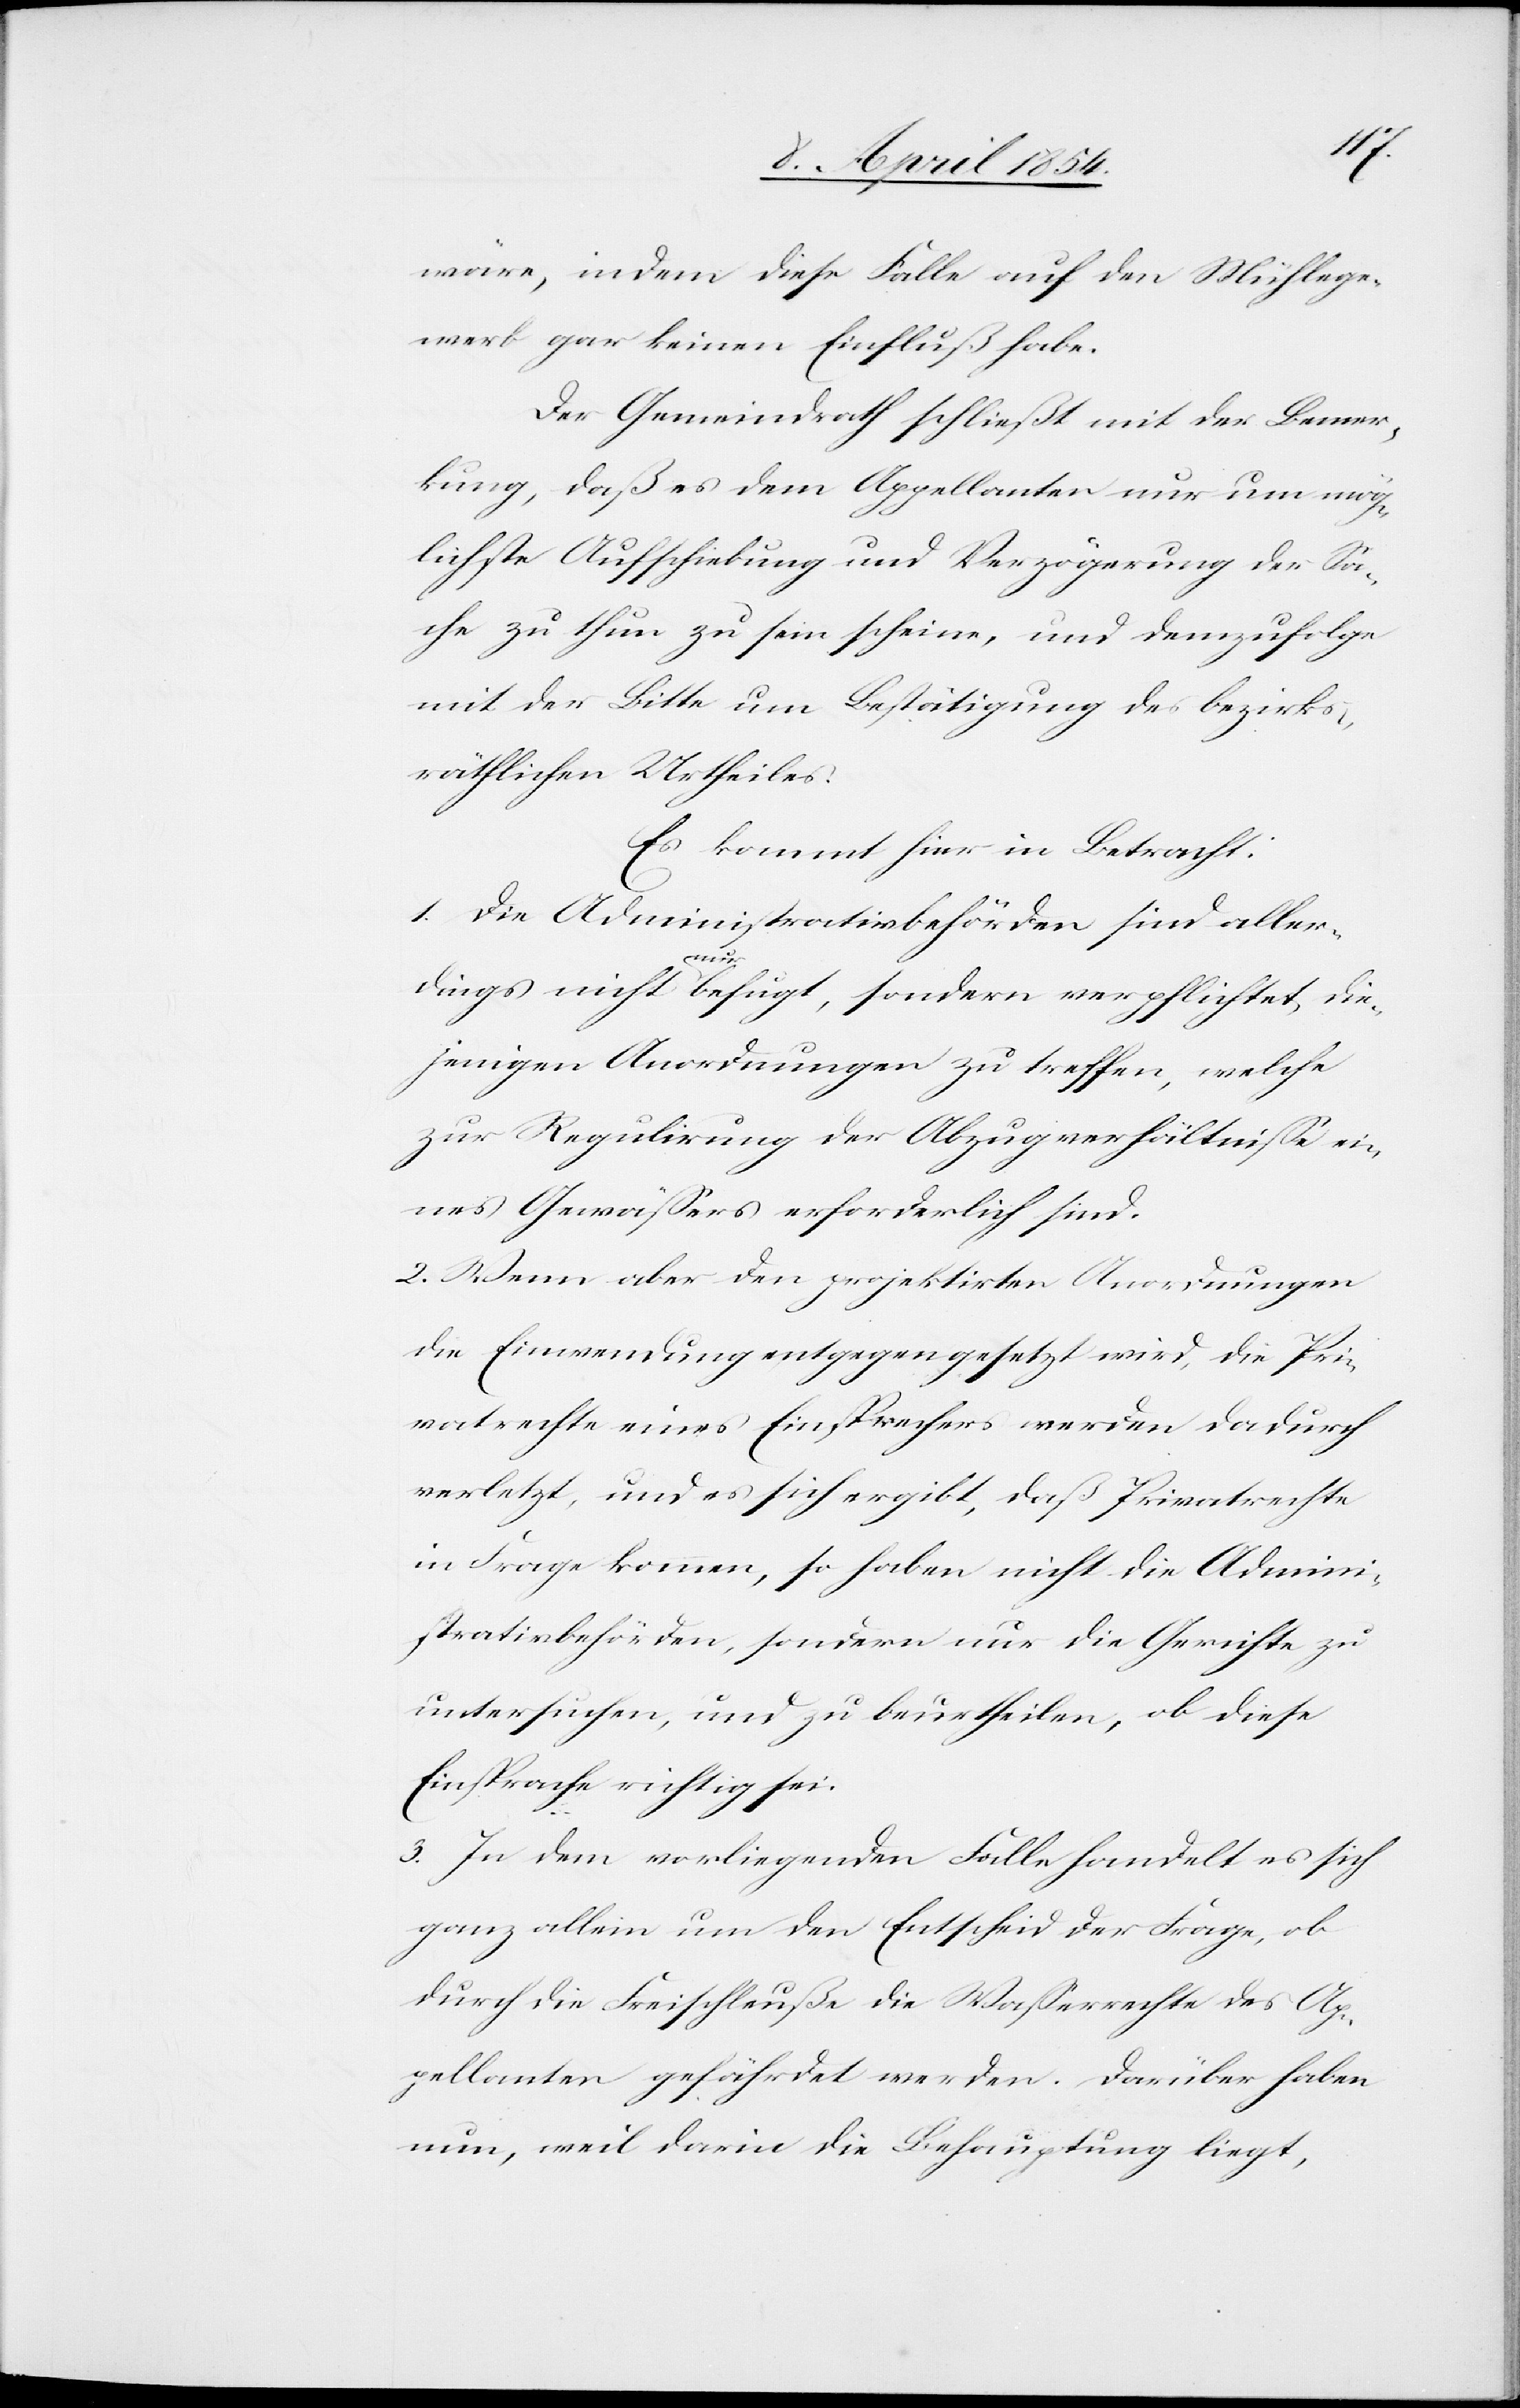
wäre, indem diese Falle auf den Mühlege¬
werb gar keinen Einfluß habe.
Der Gemeindrath schließt mit der Bemer¬
kung, daß es dem Appellanten nur um mög¬
lichste Aufschiebung und Verzögerung der Sa¬
che zu thun zu sein scheine, und demzufolge
mit der Bitte um Bestätigung des bezirks¬
räthlichen Urtheiles.
Es kommt hier in Betracht:
1. Die Administrativbehörden sind aller¬
sondern
die¬
jenigen Anordnungen zu treffen, welche
zur Regulirung der Abzugverhältniße ei¬
nes Gewäßers erforderlich sind.
2. Wenn aber den projektirten Anordnungen
die Einwendung entgegengesetzt wird, die Pri¬
vatrechte eines Einsprechers werden dadurch
verletzt, und es sich ergibt, daß Privatrechte
in Frage kommen, so haben nicht die Admini¬
strativbehörden, sondern nur die Gerichte zu
untersuchen, und zu beurtheilen, ob diese
Einsprache richtig sei.
3. In dem vorliegenden Falle handelt es sich
ganz allein um den Entscheid der Frage, ob
durch die Freischleuße die Waßerrechte des Ap¬
pellanten gefährdet werden. Darüber haben
nun, weil darin die Behauptung liegt,